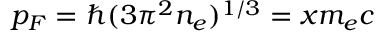
p _ { F } = \hbar ( 3 \pi ^ { 2 } n _ { e } ) ^ { 1 / 3 } = x m _ { e } c